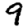
Digit: 9